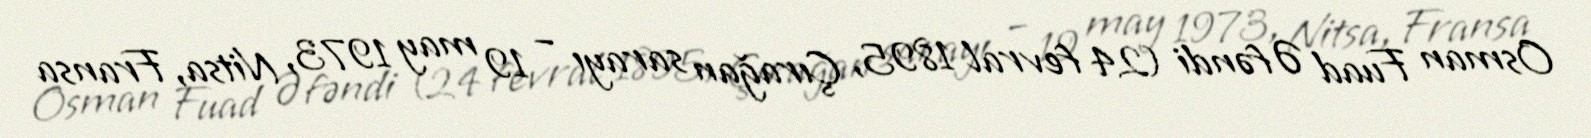
Osman Fuad Əfəndi (24 fevral 1895, Çırağan sarayı – 19 may 1973, Nitsa, Fransa